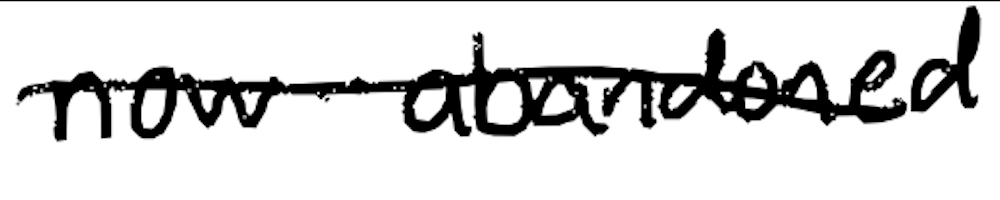
Text: now-abandoned
Cross-out: single-line
Writing tool: digital_black